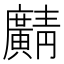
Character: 𫸎